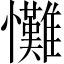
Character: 𢥪